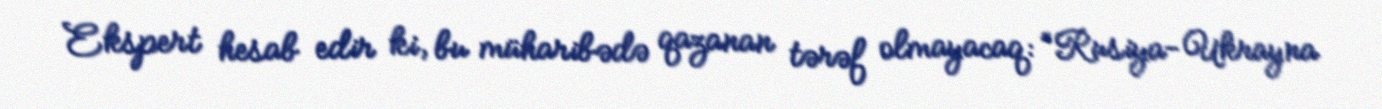
Ekspert hesab edir ki, bu müharibədə qazanan tərəf olmayacaq: “Rusiya-Ukrayna